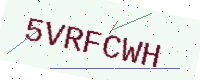
Text: 5VRFCWH